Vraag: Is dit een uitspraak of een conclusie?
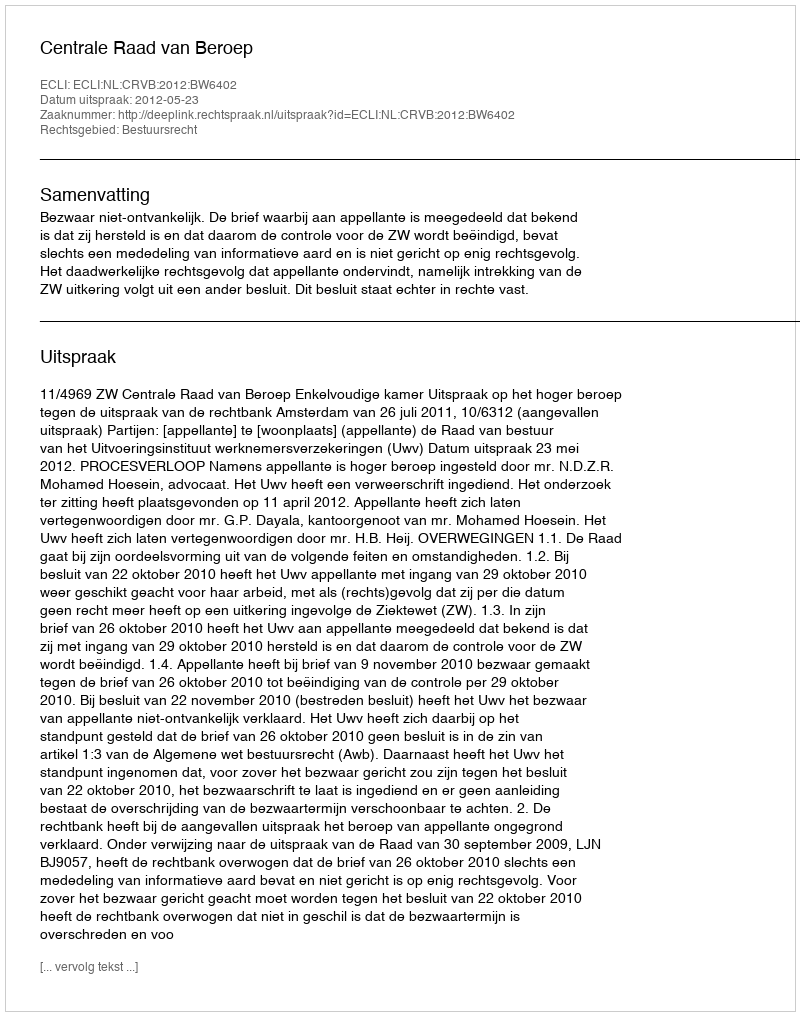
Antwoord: Uitspraak